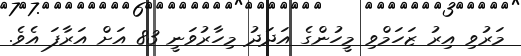
މަރުވި އިރު ޒަހަމްވި މީހުންގެ އަދަދު މިހާރުވަނީ 83 އަށް އަރާފަ އެވެ.